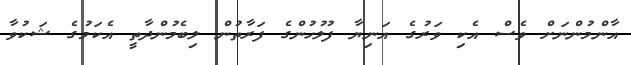
އާންމުންނަށް ވެސް އެކި ވަރުގެ އަނިޔާ ފުލުހުންގެ ފަރާތުން ލިބެމުންދާތީ އެކަމުގެ ޝަކުވާ